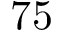
7 5